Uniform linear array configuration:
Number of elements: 24
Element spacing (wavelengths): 0.5
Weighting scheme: kaiser
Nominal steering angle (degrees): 30
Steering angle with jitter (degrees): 29.648
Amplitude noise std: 0.05
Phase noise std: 0.05

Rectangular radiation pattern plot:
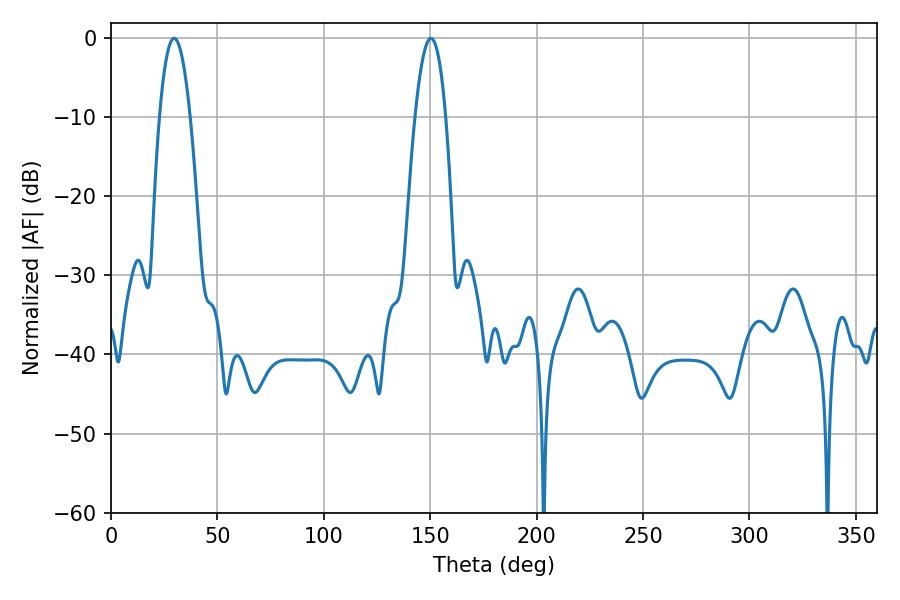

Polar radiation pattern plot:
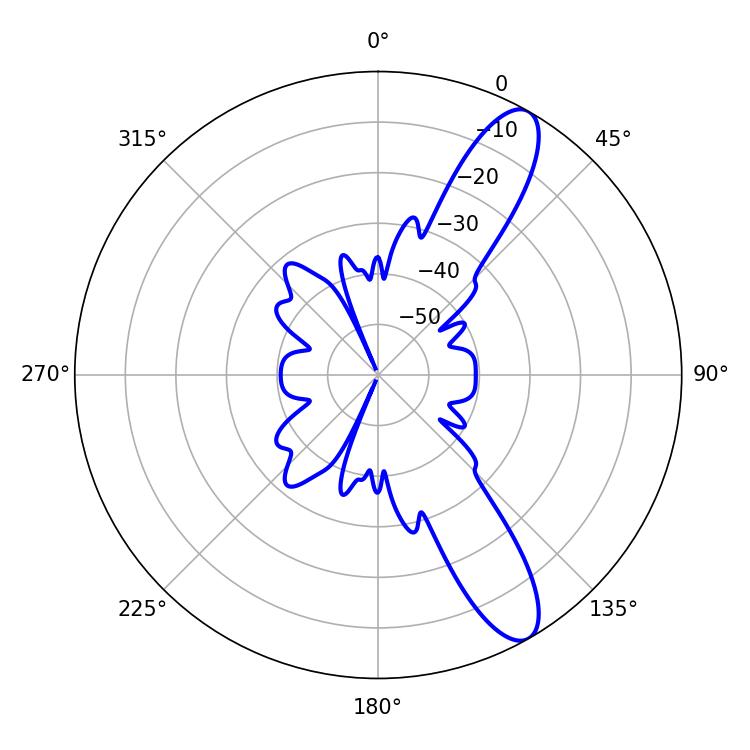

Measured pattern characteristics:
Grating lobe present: FALSE
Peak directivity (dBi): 11.294
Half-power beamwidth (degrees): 7.92
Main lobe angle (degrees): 29.7